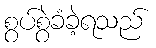
စွပ်စွဲခံခဲ့ရသည်